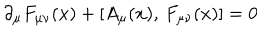
\partial _ { \mu } F _ { \mu \nu } ( x ) + [ A _ { \mu } ( x ) , \, F _ { \mu \nu } ( x ) ] = 0